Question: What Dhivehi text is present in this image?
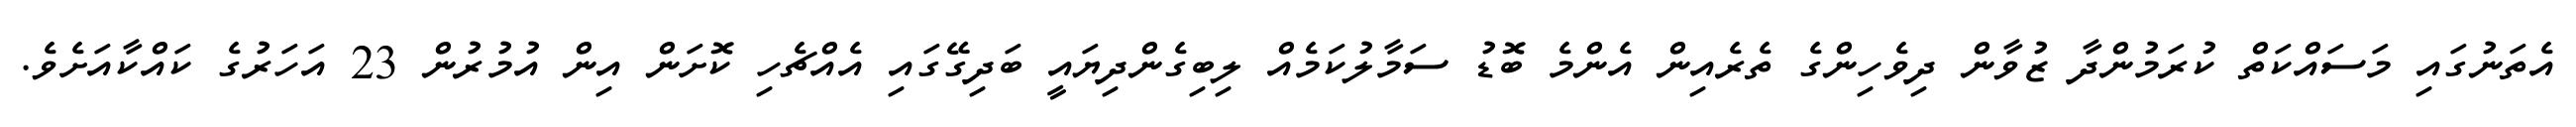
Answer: އެތަނުގައި މަސައްކަތް ކުރަމުންދާ ޒުވާން ދިވެހިންގެ ތެރެއިން އެންމެ ބޮޑު ސަމާލުކަމެއް ލިބިގެންދިޔައީ ބަދިގޭގައި އެއްޗެހި ކޮށަން އިން އުމުރުން 23 އަހަރުގެ ކައްކާއަށެވެ.